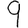
Digit: 9